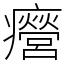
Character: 㿘